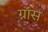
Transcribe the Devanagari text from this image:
ग्राॅस